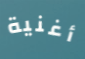
أغنية